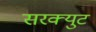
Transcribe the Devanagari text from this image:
सरक्युट